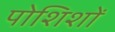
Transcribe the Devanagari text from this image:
पोशिशों